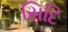
સિદિ